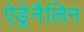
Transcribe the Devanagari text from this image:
ऐड्रेनैलिन